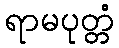
ရာမပုတ္တံ